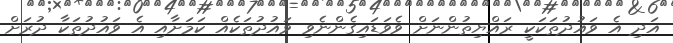
އަދި އެ ވައުދުތަކަކީ ރައްޔިތުންނަށް ވެވަޑައިގެންނެވި ވައުުދުތަކެއް ކަމަށާއި އެ ވައުދުތަކާ ދުރަށް